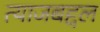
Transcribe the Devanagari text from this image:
त्याजबद्दल